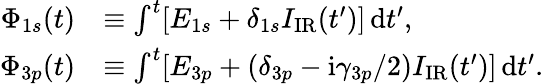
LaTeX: \begin{array}{rl}{\Phi_{1s}(t)}&{\equiv\int^{t}[E_{1s}+\delta_{1s}I_{\mathrm{IR}}(t^{\prime})]\, \mathrm dt^{\prime},}\\ {\Phi_{3p}(t)}&{\equiv\int^{t}[E_{3p}+(\delta_{3p}-\mathrm i\gamma_{3p}/2)I_{\mathrm{IR}}(t^{\prime})]\, \mathrm dt^{\prime}.}\end{array}